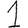
Digit: 1